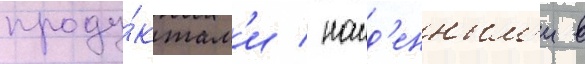
проду́ктам'и / наид'енным'и в